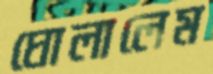
ঘোলালেম